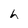
Character: h